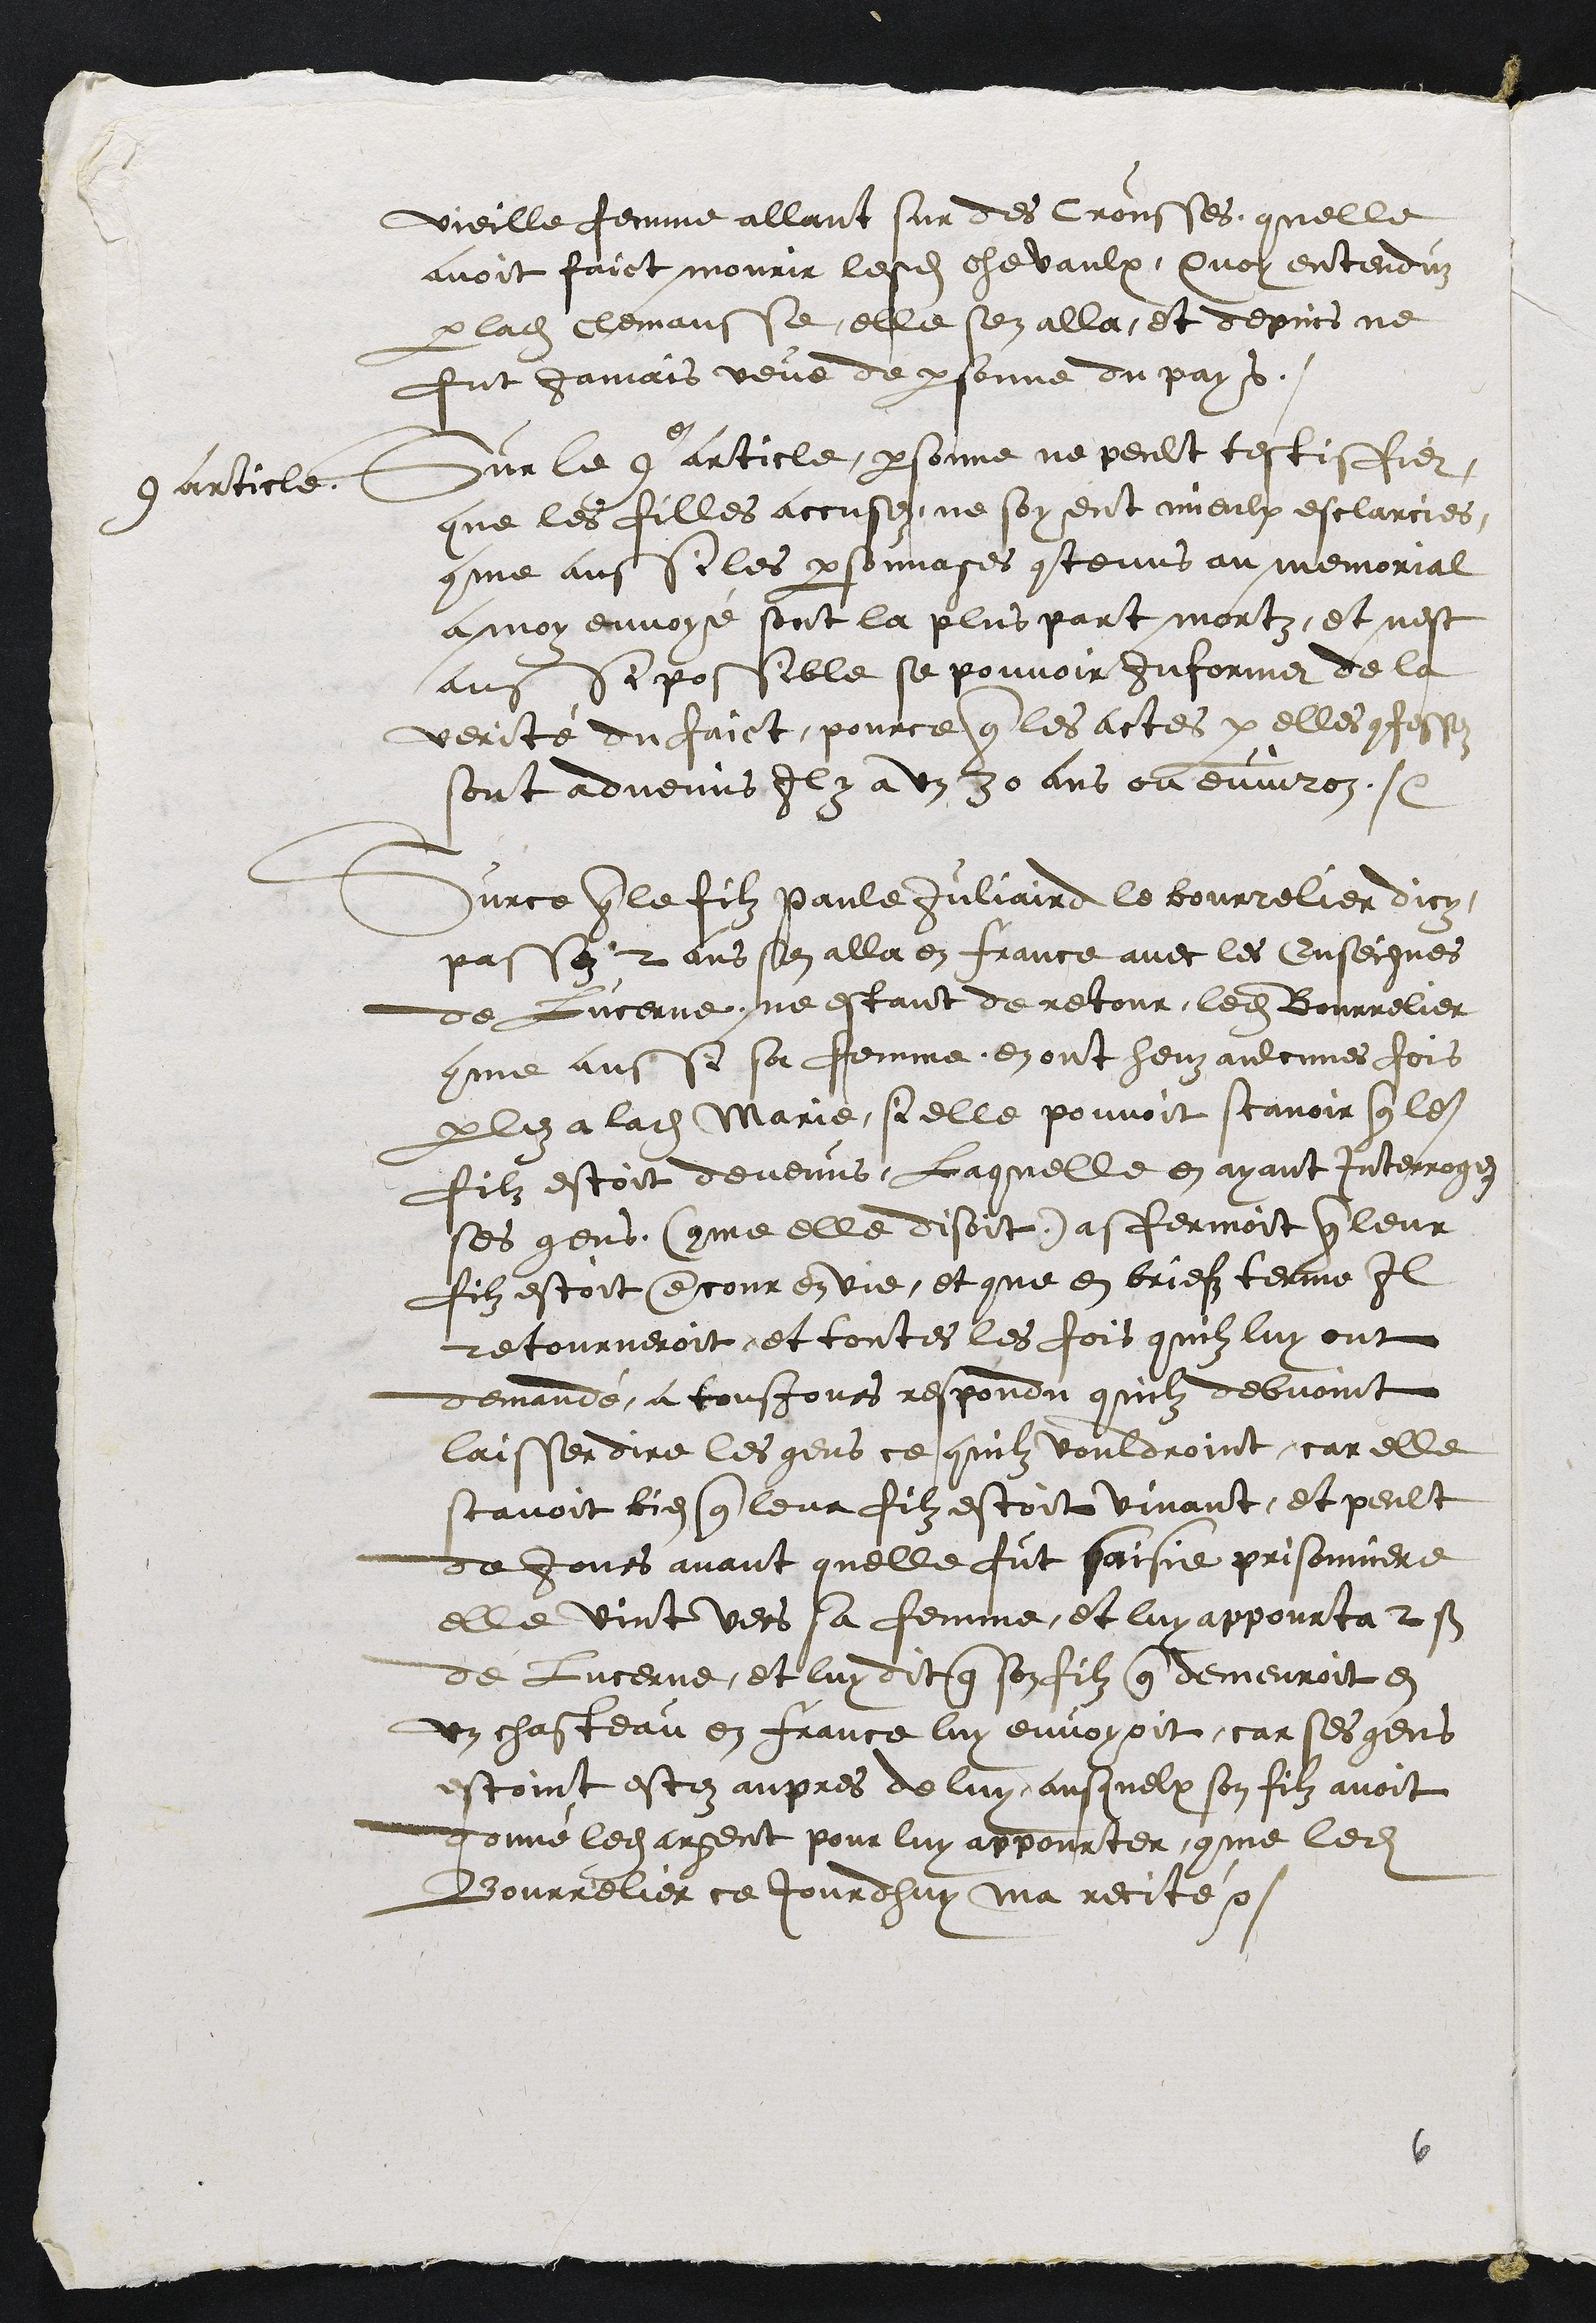
vieille femme allant sur des crousses, quelle
avoit faict mourir lesdits chevaulx, Quoy entenduz
par ladite Clemansse, elle sen alla, et depuis ne
fut jamais veue de personne du pays
9 article.
Sur le 9e article personne ne peult testisfier
que les filles accusez, ne soyent mieulx esclarcies,
comme aussi les personnages contenus au memorial
a moy envoyé sont la plus part mortz, et nest
aussi possible se pouvoir Informer de la
verité du faict, pource que les actes par elles confessez
sont advenus, Il y a un 30 ans ou environ.
Sur ce que le filz Paule Juliaird le bourrelier dicy
passez 2 ans sen alla en france avec les Enseignes
de Lucerne ne estant de retour, ledit Bourrelier
comme aussi sa femme en ont heuz aulcunes fois
parlez a ladite Marie, si elle pouvoit scavoir que ledit
filz estoit devenus, Laquelle en ayant interrogez
ses gens (comme elle disoit) affermoit que leur
filz estoit encour en vie, et que en briefz terme Il
retourneroit, et toutes les fois quilz luy ont
demandé, a tousjours respondu quilz debvoint
laisser dire les gens ce quilz vouldroint car elle
scavoit bien que leur filz estoit vivant, et peult
de Jours avant quelle fut saisie prisonniere
elle vint vers sa femme, et luy appourta 2 s
de Lucerne, et luy dit que son filz que demeuroit en
un chasteau en France luy envoyoit, car ses gens
estoint estez aupres de luy, ausquelx son filz avoit
donné ledit argent pour luy appourter, comme ledit
Bourrelier ce jourdhuy ma recité.

6